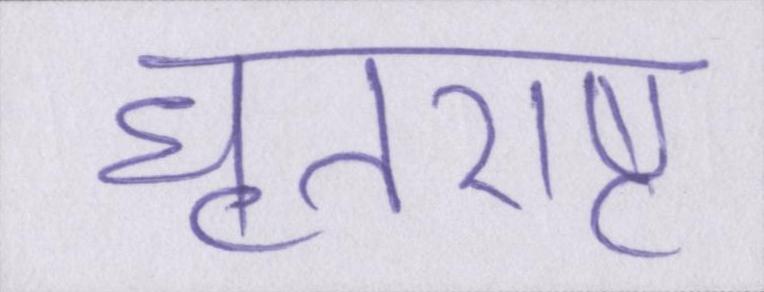
धॄतराष्ट्र